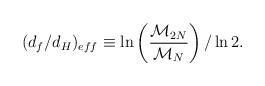
LaTeX: \begin{align*}(d_f/d_H)_{eff} \equiv\ln\left({\frac{{\cal{M}}_{2N}}{{\cal{M}}_{N}}}\right)/\ln 2.\end{align*}